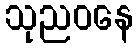
သုညဝနေ